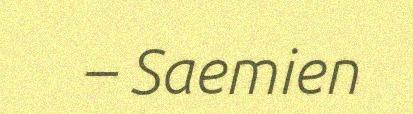
– Saemien